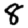
Digit: 8